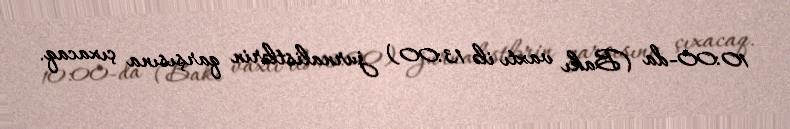
10:00-da (Bakı vaxtı ilə 13:00) jurnalistlərin qarşısına çıxacaq.